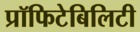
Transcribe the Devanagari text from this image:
प्रॉफिटेबिलिटी